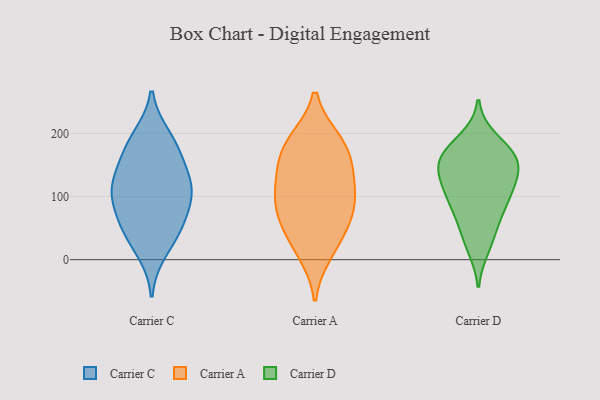
{"axis": {"x": "Headcount", "y": "Value"}, "legend": ["Carrier A", "Carrier C", "Carrier D"], "data": [{"x": "", "y": 13, "type": "Carrier C"}, {"x": "", "y": 49, "type": "Carrier C"}, {"x": "", "y": 95, "type": "Carrier C"}, {"x": "", "y": 120, "type": "Carrier C"}, {"x": "", "y": 195, "type": "Carrier C"}, {"x": "", "y": 52, "type": "Carrier C"}, {"x": "", "y": 100, "type": "Carrier C"}, {"x": "", "y": 149, "type": "Carrier C"}, {"x": "", "y": 53, "type": "Carrier C"}, {"x": "", "y": 167, "type": "Carrier C"}, {"x": "", "y": 111, "type": "Carrier C"}, {"x": "", "y": 116, "type": "Carrier C"}, {"x": "", "y": 186, "type": "Carrier C"}, {"x": "", "y": 84, "type": "Carrier A"}, {"x": "", "y": 176, "type": "Carrier A"}, {"x": "", "y": 12, "type": "Carrier A"}, {"x": "", "y": 138, "type": "Carrier A"}, {"x": "", "y": 59, "type": "Carrier A"}, {"x": "", "y": 188, "type": "Carrier A"}, {"x": "", "y": 186, "type": "Carrier A"}, {"x": "", "y": 118, "type": "Carrier A"}, {"x": "", "y": 143, "type": "Carrier A"}, {"x": "", "y": 93, "type": "Carrier A"}, {"x": "", "y": 30, "type": "Carrier A"}, {"x": "", "y": 77, "type": "Carrier A"}, {"x": "", "y": 170, "type": "Carrier D"}, {"x": "", "y": 36, "type": "Carrier D"}, {"x": "", "y": 20, "type": "Carrier D"}, {"x": "", "y": 104, "type": "Carrier D"}, {"x": "", "y": 128, "type": "Carrier D"}, {"x": "", "y": 190, "type": "Carrier D"}, {"x": "", "y": 160, "type": "Carrier D"}, {"x": "", "y": 135, "type": "Carrier D"}, {"x": "", "y": 113, "type": "Carrier D"}, {"x": "", "y": 100, "type": "Carrier D"}, {"x": "", "y": 156, "type": "Carrier D"}, {"x": "", "y": 166, "type": "Carrier D"}, {"x": "", "y": 70, "type": "Carrier D"}, {"x": "", "y": 156, "type": "Carrier D"}, {"x": "", "y": 74, "type": "Carrier D"}]}